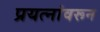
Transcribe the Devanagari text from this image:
प्रयत्‍नांवरून